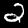
Digit: 2